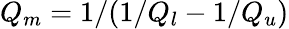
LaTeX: Q_{m}=1/(1/Q_{l}-1/Q_{u})